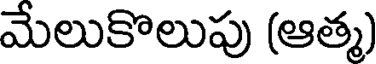
మేలుకొలుపు (ఆత్మ)